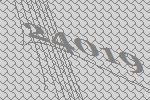
24019